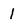
Character: l